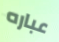
عباره